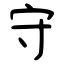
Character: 守